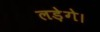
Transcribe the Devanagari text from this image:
लड़ेगे।